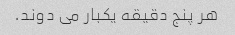
هر پنج دقیقه یکبار می دوند.